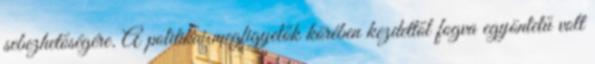
sebezhetőségére. A politikai megfigyelők körében kezdettől fogva egyöntetű volt